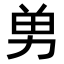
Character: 𭄫